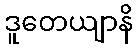
ဒူတေယျာနိ